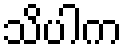
သိပါက